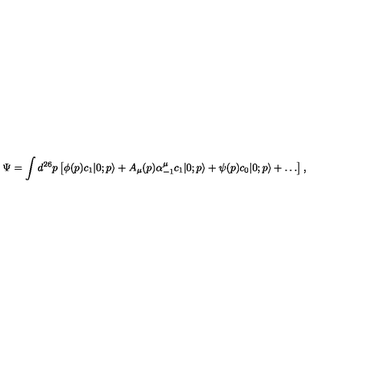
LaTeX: \Psi = \int d ^ { 2 6 } p \left[ \phi ( p ) c _ { 1 } | 0 ; p \rangle + A _ { \mu } ( p ) \alpha _ { - 1 } ^ { \mu } c _ { 1 } | 0 ; p \rangle + \psi ( p ) c _ { 0 } | 0 ; p \rangle + \ldots \right] ,